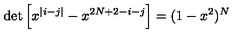
\det \left[ x ^ { | i - j | } - x ^ { 2 N + 2 - i - j } \right] = ( 1 - x ^ { 2 } ) ^ { N }